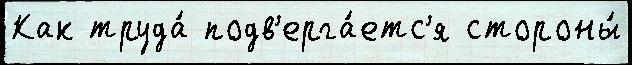
Как труда́ подв'ерга́етс'я стороны́